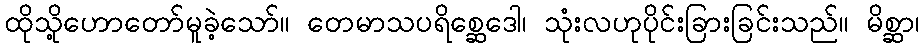
ထိုသို့ဟောတော်မူခဲ့သော်။ တေမာသပရိစ္ဆေဒေါ၊ သုံးလဟုပိုင်းခြားခြင်းသည်။ မိစ္ဆာ၊